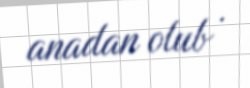
anadan olub .